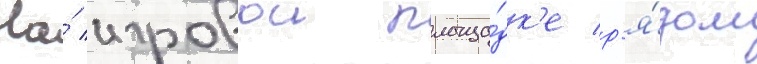
На́ игровои площа́дк'е р'я́дом